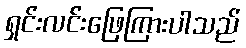
ရှင်းလင်းဖြေကြားပါသည်